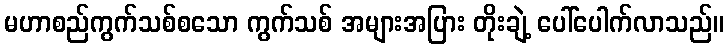
မဟာစည်ကွက်သစ်စသော ကွက်သစ် အများအပြား တိုးချဲ့ ပေါ်ပေါက်လာသည်။